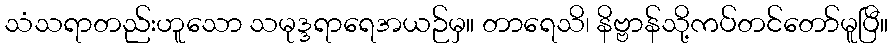
သံသရာတည်းဟူသော သမုဒ္ဒရာရေအယဉ်မှ။ တာရေသိ၊ နိဗ္ဗာန်သို့ကပ်တင်တော်မူပြီ။